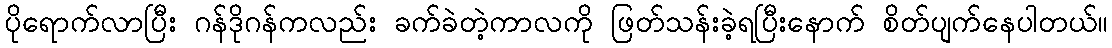
ပိုရောက်လာပြီး ဂန်ဒိုဂန်ကလည်း ခက်ခဲတဲ့ကာလကို ဖြတ်သန်းခဲ့ရပြီးနောက် စိတ်ပျက်နေပါတယ်။